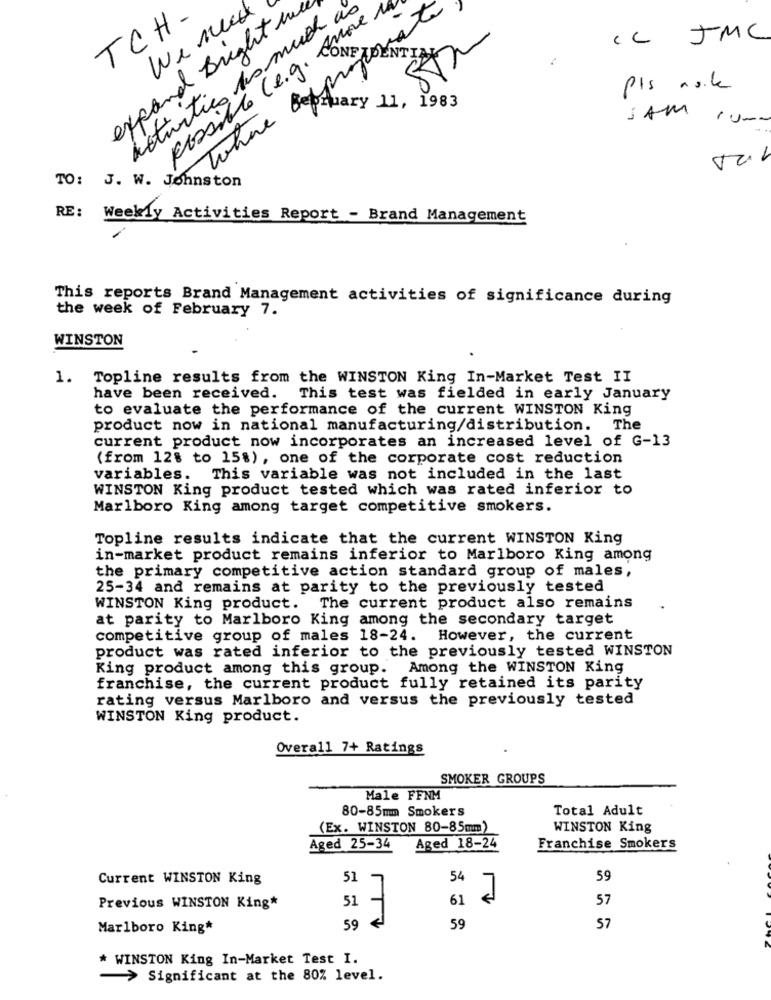
expand Bright in
actuities As much as
We need
possible (e.g. com
TCH-
IL JMC
CONFIDENTIAL
ZAP
pis asile
Wohne deptwary 11, 1983
SAM ,uma
TO:
J. W. Johnston
RE:
Weekly Activities Report - Brand Management
This reports Brand Management activities of significance during
the week of February 7.
WINSTON
1. Topline results from the WINSTON King In-Market Test II
have been received.
This test was fielded in early January
to evaluate the performance of the current WINSTON King
product now in national manufacturing/distribution. The
current product now incorporates an increased level of G-13
(from 128 to 15%), one of the corporate cost reduction
variables. This variable was not included in the last
WINSTON King product tested which was rated inferior to
Marlboro King among target competitive smokers.
Topline results indicate that the current WINSTON King
in-market product remains inferior to Marlboro King among
the primary competitive action standard group of males,
25-34 and remains at parity to the previously tested
WINSTON King product. The current product also remains
at parity to Marlboro King among the secondary target
competitive group of males 18-24. However, the current
product was rated inferior to the previously tested WINSTON
King product among this group. Among the WINSTON King
franchise, the current product fully retained its parity
rating versus Marlboro and versus the previously tested
WINSTON King product.
Overall 7+ Ratings
SMOKER GROUPS
Male FFNM
80-85mm Smokers
Total Adult
(Ex. WINSTON 80-85mm)
WINSTON King
Aged 25-34
Aged 18-24
Franchise Smokers
Current WINSTON King
51
7
54
59
51
61
57
Previous WINSTON King*
Marlboro King*
59
59
57
* WINSTON King In-Market Test I.
-> Significant at the 80% level.